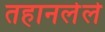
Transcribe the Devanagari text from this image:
तहानलेले